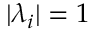
| \lambda _ { i } | = 1